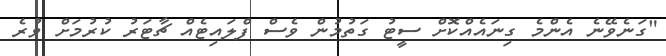
"ގަނެވޭނެ އެންމެ ގިނައެއްކޮށް ސީޓު ގަތުމުން ވެސް ފްލައިޓެއް ޗާޓަރު ކުރުމަށް ވުރެ